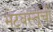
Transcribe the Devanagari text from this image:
भेटवस्तूंची